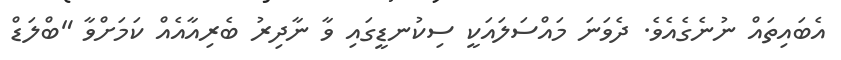
އެބައިތައް ނުނެގެއެވެ. ދެވަނަ މައްސަލައަކީ ސިކުނޑީގައި ވާ ނާދިރު ބެރިއާއެއް ކަމަށްވާ "ބްލަޑް